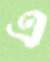
এ